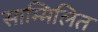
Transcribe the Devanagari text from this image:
साम्मिलित